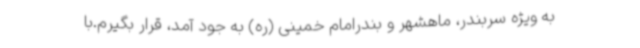
به ویژه سربندر، ماهشهر و بندرامام خمینی (ره) به جود آمد، قرار بگیرم.با